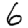
Digit: 6